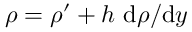
\rho = \rho ^ { \prime } + h \, \, \mathrm { d } \rho / \mathrm { d } y